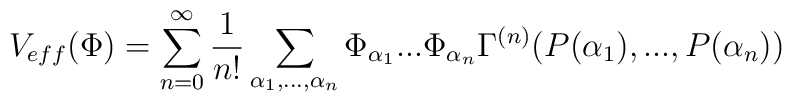
V_{eff}(\Phi )=\sum_{n=0}^{\infty }\frac{1}{n!}\sum_{\alpha _{1},...,\alpha_{n}}\Phi _{\alpha _{1}}...\Phi _{\alpha _{n}}\Gamma ^{(n)}(P(\alpha_{1}),...,P(\alpha _{n}))